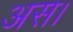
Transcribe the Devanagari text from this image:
अस।